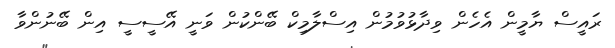
ރައީސް ޔާމީން އެހެން ވިދާޅުވުމުން އިސްލާމިކް ބޭންކުން ވަނީ އޭސީސީ އިން ބޭނުންވާ